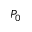
P _ { 0 }